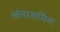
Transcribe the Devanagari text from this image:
आंतरवासिता